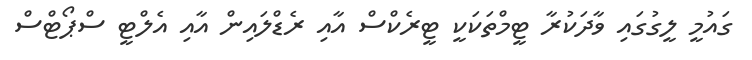
ގައުމީ ލީގުގައި ވާދަކުރާ ޓީމްތަކަކީ ޓީރެކްސް އާއި ރެޑްލައިން އާއި އެލްޓީ ސްޕޯޓްސް